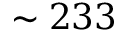
\sim 2 3 3